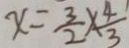
x = \frac { 3 } { 2 } \times \frac { 4 } { 3 }